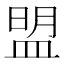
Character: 盟